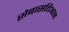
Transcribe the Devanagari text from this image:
सेबासतिआन